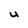
Character: U